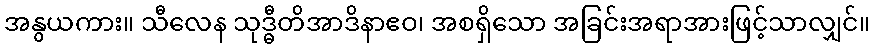
အနွယကား။ သီလေန သုဒ္ဓီတိအာဒိနာဧဝ၊ အစရှိသော အခြင်းအရာအားဖြင့်သာလျှင်။